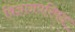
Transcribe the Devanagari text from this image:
विज्ञानपरिषद